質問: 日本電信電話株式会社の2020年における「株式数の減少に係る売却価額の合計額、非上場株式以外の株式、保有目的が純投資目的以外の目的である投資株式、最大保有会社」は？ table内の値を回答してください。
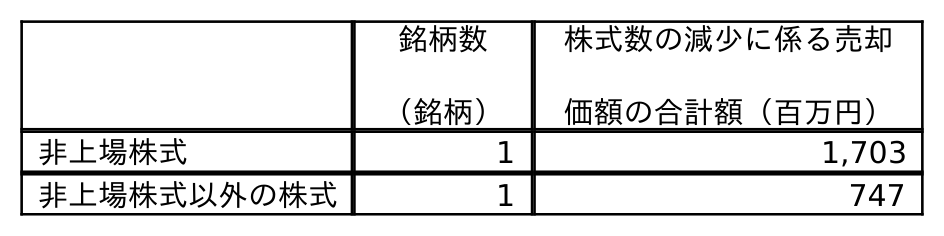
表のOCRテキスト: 銘柄数 （銘柄） 株式数の減少に係る売却 価額の合計額（百万円） 非上場株式 1 1,703 非上場株式以外の株式 1 747
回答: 747